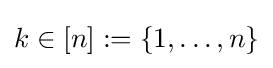
k\in [n]:=\{1,\dots ,n\}